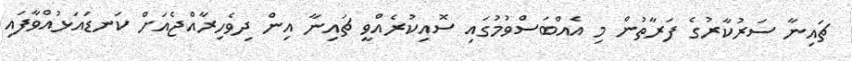
ޗައިނާ ސަރުކާރުގެ ފަރާތުން މި އެއްބަސްވުމުގައި ސޮއިކުރެއްވީ ޗައިނާ އިން ދިވެހިރާއްޖެއަށް ކަނޑައަޅުއްވާފައި